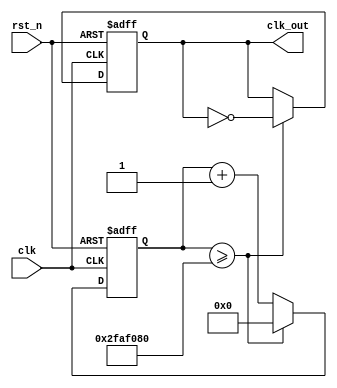
`timescale 1ns / 1ps
//////////////////////////////////////////////////////////////////////////////////
// Company: 
// Engineer: 
// 
// Design Name: 
// Module Name: fre_div_1
// Project Name: 
// Target Devices: 
// Tool Versions: 
// Description: 
// 
// Dependencies: 
// 
// Revision:
// Revision 0.01 - File Created
// Additional Comments:
// 
//////////////////////////////////////////////////////////////////////////////////


`define FREQ_DIV_BIT 26
`define FREQ_DIV_1_NUM 50000000

module fre_div_1(
output reg clk_out, // 1hz
input clk,          // global clock input
input rst_n         // reset
);
reg [`FREQ_DIV_BIT-1:0] clk_rec; // current_state
reg [`FREQ_DIV_BIT-1:0] cnt_tmp; // next_state(into FFss)

always @*    
    cnt_tmp <= clk_rec + 1'b1;

always @(posedge clk or negedge rst_n)
    if (~rst_n) begin
        clk_rec <= `FREQ_DIV_BIT'd0;
        clk_out <= 1'd0;
    end
    else if (clk_rec >= `FREQ_DIV_1_NUM)  begin
        clk_rec <= `FREQ_DIV_BIT'd0;
        clk_out <= (~clk_out);
    end
    else clk_rec <= cnt_tmp;

endmodule